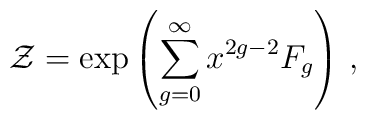
\mathcal{Z}=\exp\left(\sum_{g=0}^\infty x^{2g-2}F_g\right)\,,